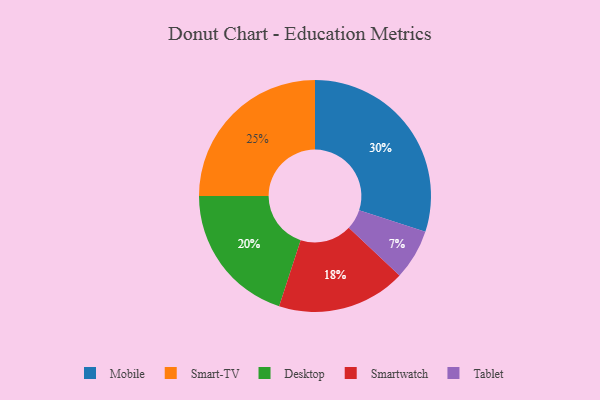
{"axis": {"x": "Category", "y": "Percentage"}, "legend": ["Desktop", "Mobile", "Smart-TV", "Smartwatch", "Tablet"], "data": [{"x": "Tablet", "y": 7, "type": "Tablet"}, {"x": "Smart-TV", "y": 25, "type": "Smart-TV"}, {"x": "Mobile", "y": 30, "type": "Mobile"}, {"x": "Desktop", "y": 20, "type": "Desktop"}, {"x": "Smartwatch", "y": 18, "type": "Smartwatch"}]}